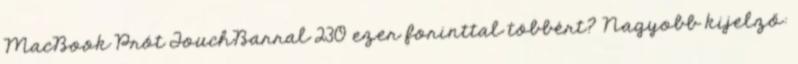
MacBook Prót TouchBarral 230 ezer forinttal többért? Nagyobb kijelző: